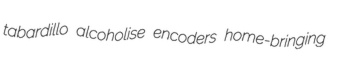
tabardillo alcoholise encoders home-bringing